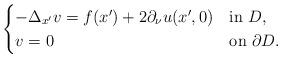
LaTeX: \begin{align*}\begin{cases}-\Delta_{x'} v=f(x')+2\partial_\nu u(x',0) & \mbox{in } D, \\ v=0 & \mbox{on } \partial D. \end{cases}\end{align*}